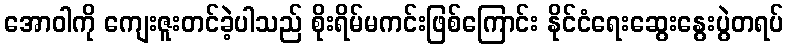
အောဝါကို ကျေးဇူးတင်ခဲ့ပါသည် စိုးရိမ်မကင်းဖြစ်ကြောင်း နိုင်ငံရေးဆွေးနွေးပွဲတရပ်